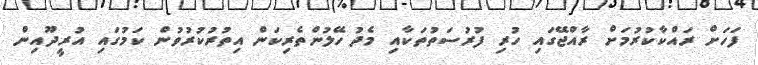
ފަހަށް ރައްކާކުރުމަށް ރާއްޖޭގައި ހުރި ފުރުސަތުތަކާއި މެދު ހޭލުންތެރިކަން އިތުރުކުރުވުން ކަމުގައި އުރީދޫއިން